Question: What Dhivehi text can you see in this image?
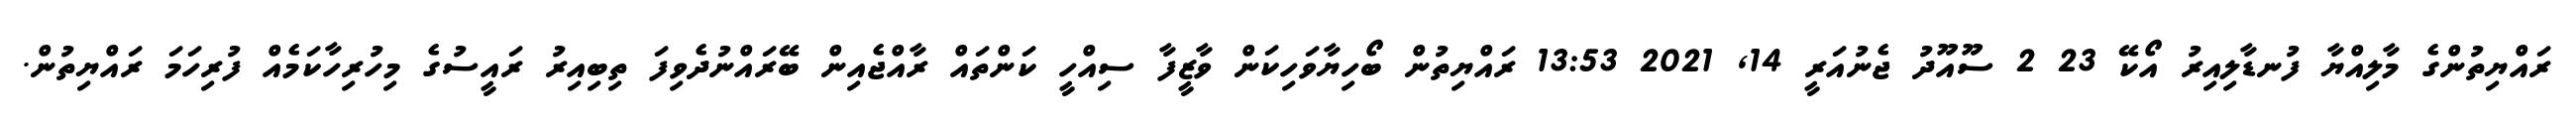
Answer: ރައްޔިތުންގެ މާލިއްޔާ ފުނޑާލިއިރު އޯކޭ 23 2 ސޫއޫދު ޖެނުއަރީ 14, 2021 13:53 ރައްޔިތުން ބޯހިޔާވަހިކަން ވާޒީފާ ސިއްހީ ކަންތައް ރާއްޖެއިން ބޭރައްނުދެވިފަ ތިބިއިރު ރައީސުގެ މިހުރިހާކަމެއް ފުރިހަމަ ރައްޔިތުން.